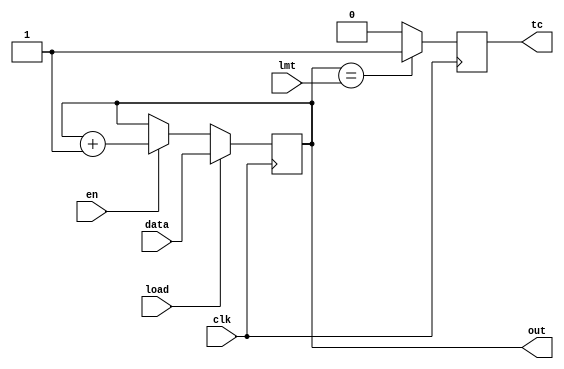
`timescale 1ns / 1ps
//////////////////////////////////////////////////////////////////////////////////
// Company: 
// Engineer: 
// 
// Design Name: 
// Module Name:    cnt1 
// Project Name: 
// Target Devices: 
// Tool versions: 
// Description: 
//
// Dependencies: 
//
// Revision: 
// Revision 0.01 - File Created
// Additional Comments: 
//
//////////////////////////////////////////////////////////////////////////////////`timescale 1ns / 1ps
//////////////////////////////////////////////////////////////////////////////////
// Company: 
// Engineer: 
// 
// Design Name: 
// Module Name:    upcnt1 
// Project Name: 
// Target Devices: 
// Tool versions: 
// Description: 
//
// Dependencies: 
//
// Revision: 
// Revision 0.01 - File Created
// Additional Comments: 
//
//////////////////////////////////////////////////////////////////////////////////
module cnt4(out,data,load,en,clk,tc,lmt);
output [1:0] out;
output reg tc;
input [1:0] data;
input load, en, clk;
reg [1:0] out;
parameter reset=0;
input [1:0]lmt;
initial begin out=2'b00;
tc=0; end
always @(posedge clk)
if (reset) begin
  out <= 2'b00 ;
end else if (load) begin
  out <= data;
end else if (en)
  out <= out + 2'b01;
else out <= out;
always @(posedge clk)
if (out ==lmt)
tc<=1;
else tc<=0;
endmodule